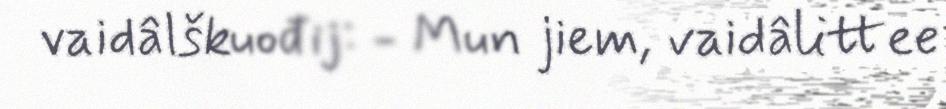
vaidâlškuođij: - Mun jiem, vaidâlittee